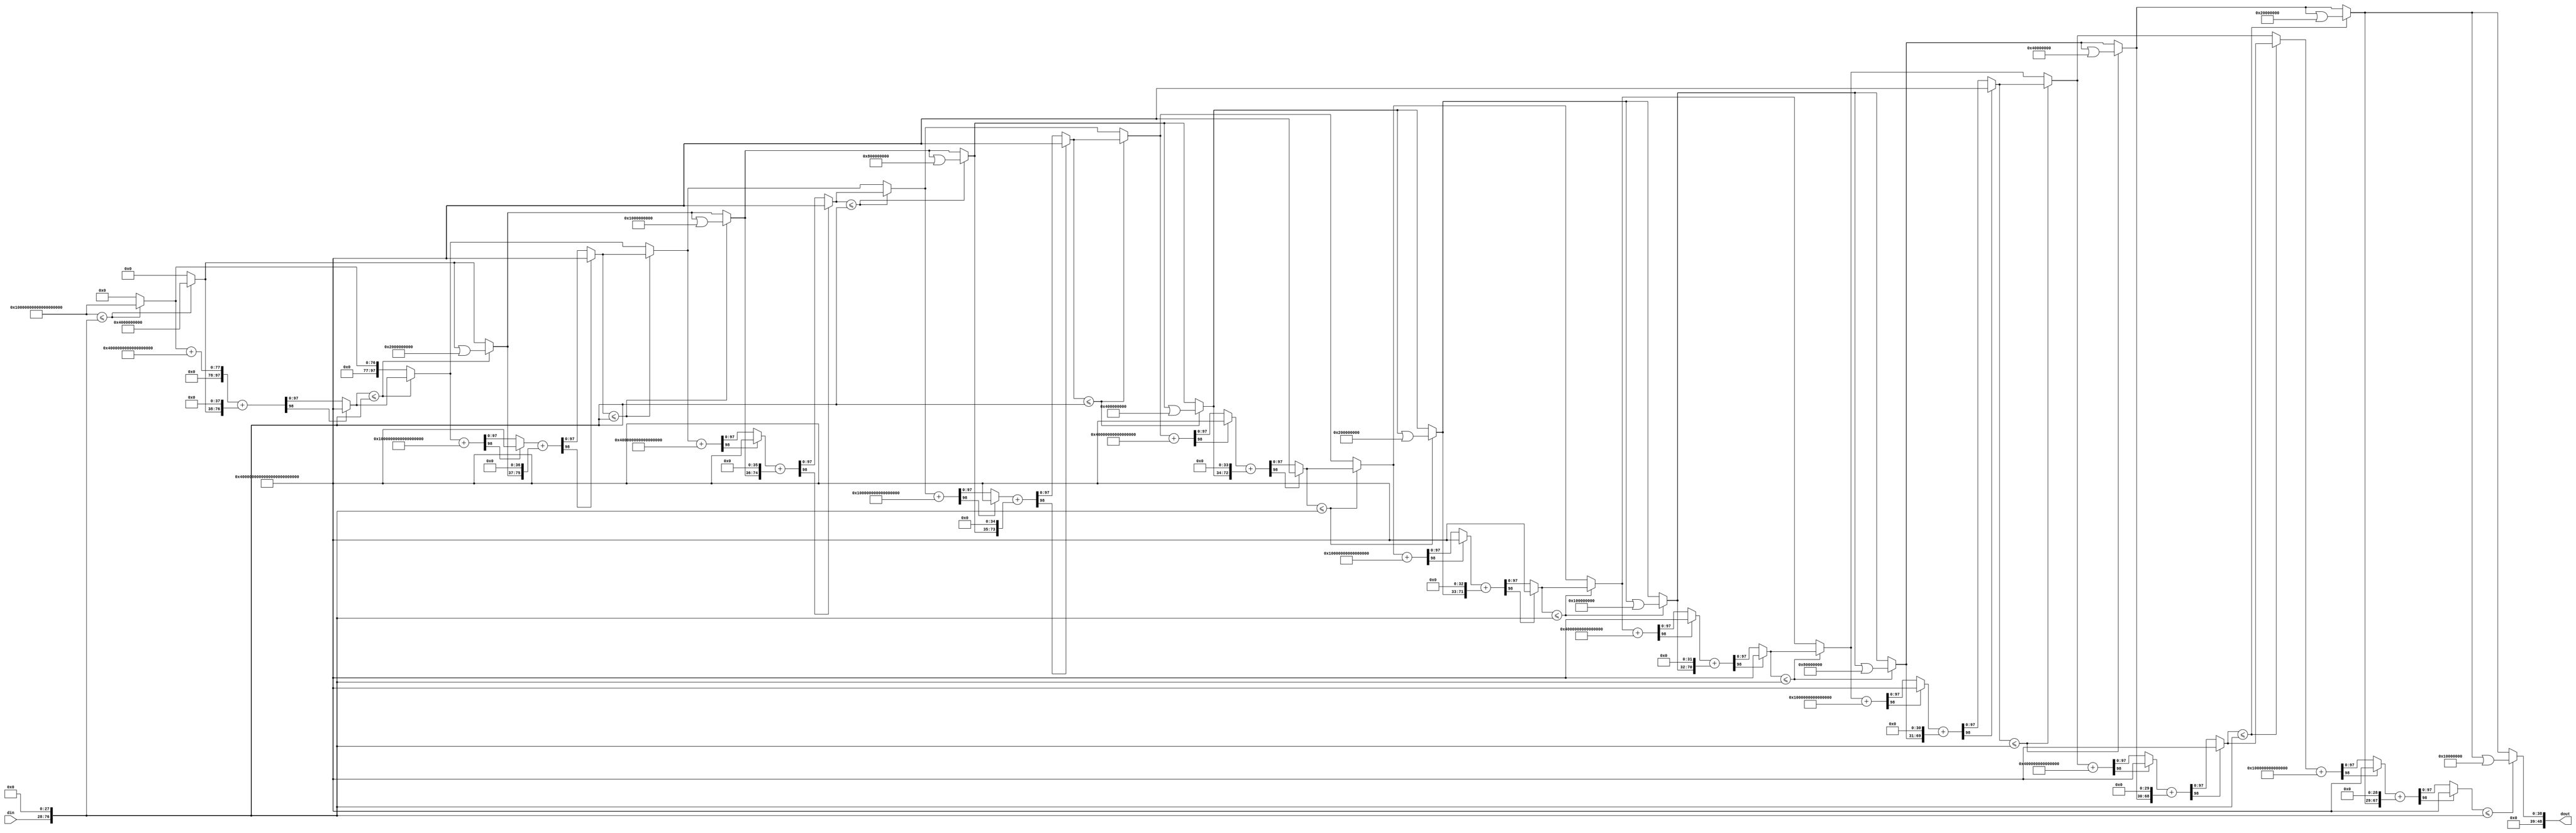
// -------------------------------------------------------------
// 
// 
// Generated by MATLAB 9.5 and HDL Coder 3.13
// 
// -------------------------------------------------------------


// -------------------------------------------------------------
// 
// Module: Sqrt
// Source Path: fourxfour_designfxdpt_givens/fourxfour_designfxdpt/Givens_Boundary_Cell2/Sqrt
// Hierarchy Level: 2
// 
// -------------------------------------------------------------

`timescale 1 ns / 1 ns

module Sqrt_block
          (din,
           dout);


  input   [48:0] din;  // ufix49_En28
  output  [48:0] dout;  // ufix49_En28


  wire [97:0] base38sqr;  // ufix98_En56
  wire [97:0] resizedin;  // ufix98_En56
  wire relop_relop1;
  wire [97:0] rootsqini;  // ufix98_En56
  wire [97:0] root_sq38;  // ufix98_En56
  wire [97:0] base37sqr;  // ufix98_En56
  wire [48:0] rootini;  // ufix49_En28
  wire [48:0] MSBy;  // ufix49_En28
  wire [48:0] root38;  // ufix49_En28
  wire [98:0] adder_add_cast;  // ufix99_En56
  wire [98:0] adder_add_cast_1;  // ufix99_En56
  wire [98:0] adder_add_temp;  // ufix99_En56
  wire [97:0] squaresum38;  // ufix98_En56
  wire [97:0] rootdtc38;  // ufix98_En56
  wire [97:0] shift238;  // ufix98_En56
  wire [98:0] adder_add_cast_2;  // ufix99_En56
  wire [98:0] adder_add_cast_3;  // ufix99_En56
  wire [98:0] adder_add_temp_1;  // ufix99_En56
  wire [97:0] roottmp_sq37;  // ufix98_En56
  wire relop_relop1_1;
  wire [97:0] root_sq37;  // ufix98_En56
  wire [97:0] base36sqr;  // ufix98_En56
  wire [48:0] roottmp37;  // ufix49_En28
  wire [48:0] root37;  // ufix49_En28
  wire [98:0] adder_add_cast_4;  // ufix99_En56
  wire [98:0] adder_add_cast_5;  // ufix99_En56
  wire [98:0] adder_add_temp_2;  // ufix99_En56
  wire [97:0] squaresum37;  // ufix98_En56
  wire [97:0] rootdtc37;  // ufix98_En56
  wire [97:0] shift237;  // ufix98_En56
  wire [98:0] adder_add_cast_6;  // ufix99_En56
  wire [98:0] adder_add_cast_7;  // ufix99_En56
  wire [98:0] adder_add_temp_3;  // ufix99_En56
  wire [97:0] roottmp_sq36;  // ufix98_En56
  wire relop_relop1_2;
  wire [97:0] root_sq36;  // ufix98_En56
  wire [97:0] base35sqr;  // ufix98_En56
  wire [48:0] roottmp36;  // ufix49_En28
  wire [48:0] root36;  // ufix49_En28
  wire [98:0] adder_add_cast_8;  // ufix99_En56
  wire [98:0] adder_add_cast_9;  // ufix99_En56
  wire [98:0] adder_add_temp_4;  // ufix99_En56
  wire [97:0] squaresum36;  // ufix98_En56
  wire [97:0] rootdtc36;  // ufix98_En56
  wire [97:0] shift236;  // ufix98_En56
  wire [98:0] adder_add_cast_10;  // ufix99_En56
  wire [98:0] adder_add_cast_11;  // ufix99_En56
  wire [98:0] adder_add_temp_5;  // ufix99_En56
  wire [97:0] roottmp_sq35;  // ufix98_En56
  wire relop_relop1_3;
  wire [97:0] root_sq35;  // ufix98_En56
  wire [97:0] base34sqr;  // ufix98_En56
  wire [48:0] roottmp35;  // ufix49_En28
  wire [48:0] root35;  // ufix49_En28
  wire [98:0] adder_add_cast_12;  // ufix99_En56
  wire [98:0] adder_add_cast_13;  // ufix99_En56
  wire [98:0] adder_add_temp_6;  // ufix99_En56
  wire [97:0] squaresum35;  // ufix98_En56
  wire [97:0] rootdtc35;  // ufix98_En56
  wire [97:0] shift235;  // ufix98_En56
  wire [98:0] adder_add_cast_14;  // ufix99_En56
  wire [98:0] adder_add_cast_15;  // ufix99_En56
  wire [98:0] adder_add_temp_7;  // ufix99_En56
  wire [97:0] roottmp_sq34;  // ufix98_En56
  wire relop_relop1_4;
  wire [97:0] root_sq34;  // ufix98_En56
  wire [97:0] base33sqr;  // ufix98_En56
  wire [48:0] roottmp34;  // ufix49_En28
  wire [48:0] root34;  // ufix49_En28
  wire [98:0] adder_add_cast_16;  // ufix99_En56
  wire [98:0] adder_add_cast_17;  // ufix99_En56
  wire [98:0] adder_add_temp_8;  // ufix99_En56
  wire [97:0] squaresum34;  // ufix98_En56
  wire [97:0] rootdtc34;  // ufix98_En56
  wire [97:0] shift234;  // ufix98_En56
  wire [98:0] adder_add_cast_18;  // ufix99_En56
  wire [98:0] adder_add_cast_19;  // ufix99_En56
  wire [98:0] adder_add_temp_9;  // ufix99_En56
  wire [97:0] roottmp_sq33;  // ufix98_En56
  wire relop_relop1_5;
  wire [97:0] root_sq33;  // ufix98_En56
  wire [97:0] base32sqr;  // ufix98_En56
  wire [48:0] roottmp33;  // ufix49_En28
  wire [48:0] root33;  // ufix49_En28
  wire [98:0] adder_add_cast_20;  // ufix99_En56
  wire [98:0] adder_add_cast_21;  // ufix99_En56
  wire [98:0] adder_add_temp_10;  // ufix99_En56
  wire [97:0] squaresum33;  // ufix98_En56
  wire [97:0] rootdtc33;  // ufix98_En56
  wire [97:0] shift233;  // ufix98_En56
  wire [98:0] adder_add_cast_22;  // ufix99_En56
  wire [98:0] adder_add_cast_23;  // ufix99_En56
  wire [98:0] adder_add_temp_11;  // ufix99_En56
  wire [97:0] roottmp_sq32;  // ufix98_En56
  wire relop_relop1_6;
  wire [97:0] root_sq32;  // ufix98_En56
  wire [97:0] base31sqr;  // ufix98_En56
  wire [48:0] roottmp32;  // ufix49_En28
  wire [48:0] root32;  // ufix49_En28
  wire [98:0] adder_add_cast_24;  // ufix99_En56
  wire [98:0] adder_add_cast_25;  // ufix99_En56
  wire [98:0] adder_add_temp_12;  // ufix99_En56
  wire [97:0] squaresum32;  // ufix98_En56
  wire [97:0] rootdtc32;  // ufix98_En56
  wire [97:0] shift232;  // ufix98_En56
  wire [98:0] adder_add_cast_26;  // ufix99_En56
  wire [98:0] adder_add_cast_27;  // ufix99_En56
  wire [98:0] adder_add_temp_13;  // ufix99_En56
  wire [97:0] roottmp_sq31;  // ufix98_En56
  wire relop_relop1_7;
  wire [97:0] root_sq31;  // ufix98_En56
  wire [97:0] base30sqr;  // ufix98_En56
  wire [48:0] roottmp31;  // ufix49_En28
  wire [48:0] root31;  // ufix49_En28
  wire [98:0] adder_add_cast_28;  // ufix99_En56
  wire [98:0] adder_add_cast_29;  // ufix99_En56
  wire [98:0] adder_add_temp_14;  // ufix99_En56
  wire [97:0] squaresum31;  // ufix98_En56
  wire [97:0] rootdtc31;  // ufix98_En56
  wire [97:0] shift231;  // ufix98_En56
  wire [98:0] adder_add_cast_30;  // ufix99_En56
  wire [98:0] adder_add_cast_31;  // ufix99_En56
  wire [98:0] adder_add_temp_15;  // ufix99_En56
  wire [97:0] roottmp_sq30;  // ufix98_En56
  wire relop_relop1_8;
  wire [97:0] root_sq30;  // ufix98_En56
  wire [97:0] base29sqr;  // ufix98_En56
  wire [48:0] roottmp30;  // ufix49_En28
  wire [48:0] root30;  // ufix49_En28
  wire [98:0] adder_add_cast_32;  // ufix99_En56
  wire [98:0] adder_add_cast_33;  // ufix99_En56
  wire [98:0] adder_add_temp_16;  // ufix99_En56
  wire [97:0] squaresum30;  // ufix98_En56
  wire [97:0] rootdtc30;  // ufix98_En56
  wire [97:0] shift230;  // ufix98_En56
  wire [98:0] adder_add_cast_34;  // ufix99_En56
  wire [98:0] adder_add_cast_35;  // ufix99_En56
  wire [98:0] adder_add_temp_17;  // ufix99_En56
  wire [97:0] roottmp_sq29;  // ufix98_En56
  wire relop_relop1_9;
  wire [97:0] root_sq29;  // ufix98_En56
  wire [97:0] base28sqr;  // ufix98_En56
  wire [48:0] roottmp29;  // ufix49_En28
  wire [48:0] root29;  // ufix49_En28
  wire [98:0] adder_add_cast_36;  // ufix99_En56
  wire [98:0] adder_add_cast_37;  // ufix99_En56
  wire [98:0] adder_add_temp_18;  // ufix99_En56
  wire [97:0] squaresum29;  // ufix98_En56
  wire [97:0] rootdtc29;  // ufix98_En56
  wire [97:0] shift229;  // ufix98_En56
  wire [98:0] adder_add_cast_38;  // ufix99_En56
  wire [98:0] adder_add_cast_39;  // ufix99_En56
  wire [98:0] adder_add_temp_19;  // ufix99_En56
  wire [97:0] roottmp_sq28;  // ufix98_En56
  wire relop_relop1_10;
  wire [97:0] root_sq28;  // ufix98_En56
  wire [97:0] base27sqr;  // ufix98_En56
  wire [48:0] roottmp28;  // ufix49_En28
  wire [48:0] root28;  // ufix49_En28
  wire [98:0] adder_add_cast_40;  // ufix99_En56
  wire [98:0] adder_add_cast_41;  // ufix99_En56
  wire [98:0] adder_add_temp_20;  // ufix99_En56
  wire [97:0] squaresum28;  // ufix98_En56
  wire [97:0] rootdtc28;  // ufix98_En56
  wire [98:0] adder_add_cast_42;  // ufix99_En56
  wire [98:0] adder_add_cast_43;  // ufix99_En56
  wire [98:0] adder_add_temp_21;  // ufix99_En56
  wire [97:0] roottmp_sq27;  // ufix98_En56
  wire relop_relop1_11;
  wire [97:0] root_sq27;  // ufix98_En56
  wire [97:0] base26sqr;  // ufix98_En56
  wire [48:0] roottmp27;  // ufix49_En28
  wire [48:0] root27;  // ufix49_En28
  wire [98:0] adder_add_cast_44;  // ufix99_En56
  wire [98:0] adder_add_cast_45;  // ufix99_En56
  wire [98:0] adder_add_temp_22;  // ufix99_En56
  wire [97:0] squaresum27;  // ufix98_En56
  wire [97:0] rootdtc27;  // ufix98_En56
  wire [97:0] shift227;  // ufix98_En56
  wire [98:0] adder_add_cast_46;  // ufix99_En56
  wire [98:0] adder_add_cast_47;  // ufix99_En56
  wire [98:0] adder_add_temp_23;  // ufix99_En56
  wire [97:0] roottmp_sq26;  // ufix98_En56
  wire relop_relop1_12;
  wire [97:0] root_sq26;  // ufix98_En56
  wire [97:0] base25sqr;  // ufix98_En56
  wire [48:0] roottmp26;  // ufix49_En28
  wire [48:0] root26;  // ufix49_En28
  wire [98:0] adder_add_cast_48;  // ufix99_En56
  wire [98:0] adder_add_cast_49;  // ufix99_En56
  wire [98:0] adder_add_temp_24;  // ufix99_En56
  wire [97:0] squaresum26;  // ufix98_En56
  wire [97:0] rootdtc26;  // ufix98_En56
  wire [97:0] shift226;  // ufix98_En56
  wire [98:0] adder_add_cast_50;  // ufix99_En56
  wire [98:0] adder_add_cast_51;  // ufix99_En56
  wire [98:0] adder_add_temp_25;  // ufix99_En56
  wire [97:0] roottmp_sq25;  // ufix98_En56
  wire relop_relop1_13;
  wire [97:0] root_sq25;  // ufix98_En56
  wire [97:0] base24sqr;  // ufix98_En56
  wire [48:0] roottmp25;  // ufix49_En28
  wire [48:0] root25;  // ufix49_En28
  wire [98:0] adder_add_cast_52;  // ufix99_En56
  wire [98:0] adder_add_cast_53;  // ufix99_En56
  wire [98:0] adder_add_temp_26;  // ufix99_En56
  wire [97:0] squaresum25;  // ufix98_En56
  wire [97:0] rootdtc25;  // ufix98_En56
  wire [97:0] shift225;  // ufix98_En56
  wire [98:0] adder_add_cast_54;  // ufix99_En56
  wire [98:0] adder_add_cast_55;  // ufix99_En56
  wire [98:0] adder_add_temp_27;  // ufix99_En56
  wire [97:0] roottmp_sq24;  // ufix98_En56
  wire relop_relop1_14;
  wire [97:0] root_sq24;  // ufix98_En56
  wire [97:0] base23sqr;  // ufix98_En56
  wire [48:0] roottmp24;  // ufix49_En28
  wire [48:0] root24;  // ufix49_En28
  wire [98:0] adder_add_cast_56;  // ufix99_En56
  wire [98:0] adder_add_cast_57;  // ufix99_En56
  wire [98:0] adder_add_temp_28;  // ufix99_En56
  wire [97:0] squaresum24;  // ufix98_En56
  wire [97:0] rootdtc24;  // ufix98_En56
  wire [97:0] shift224;  // ufix98_En56
  wire [98:0] adder_add_cast_58;  // ufix99_En56
  wire [98:0] adder_add_cast_59;  // ufix99_En56
  wire [98:0] adder_add_temp_29;  // ufix99_En56
  wire [97:0] roottmp_sq23;  // ufix98_En56
  wire relop_relop1_15;
  wire [97:0] root_sq23;  // ufix98_En56
  wire [97:0] base22sqr;  // ufix98_En56
  wire [48:0] roottmp23;  // ufix49_En28
  wire [48:0] root23;  // ufix49_En28
  wire [98:0] adder_add_cast_60;  // ufix99_En56
  wire [98:0] adder_add_cast_61;  // ufix99_En56
  wire [98:0] adder_add_temp_30;  // ufix99_En56
  wire [97:0] squaresum23;  // ufix98_En56
  wire [97:0] rootdtc23;  // ufix98_En56
  wire [97:0] shift223;  // ufix98_En56
  wire [98:0] adder_add_cast_62;  // ufix99_En56
  wire [98:0] adder_add_cast_63;  // ufix99_En56
  wire [98:0] adder_add_temp_31;  // ufix99_En56
  wire [97:0] roottmp_sq22;  // ufix98_En56
  wire relop_relop1_16;
  wire [97:0] root_sq22;  // ufix98_En56
  wire [97:0] base21sqr;  // ufix98_En56
  wire [48:0] roottmp22;  // ufix49_En28
  wire [48:0] root22;  // ufix49_En28
  wire [98:0] adder_add_cast_64;  // ufix99_En56
  wire [98:0] adder_add_cast_65;  // ufix99_En56
  wire [98:0] adder_add_temp_32;  // ufix99_En56
  wire [97:0] squaresum22;  // ufix98_En56
  wire [97:0] rootdtc22;  // ufix98_En56
  wire [97:0] shift222;  // ufix98_En56
  wire [98:0] adder_add_cast_66;  // ufix99_En56
  wire [98:0] adder_add_cast_67;  // ufix99_En56
  wire [98:0] adder_add_temp_33;  // ufix99_En56
  wire [97:0] roottmp_sq21;  // ufix98_En56
  wire relop_relop1_17;
  wire [97:0] root_sq21;  // ufix98_En56
  wire [97:0] base20sqr;  // ufix98_En56
  wire [48:0] roottmp21;  // ufix49_En28
  wire [48:0] root21;  // ufix49_En28
  wire [98:0] adder_add_cast_68;  // ufix99_En56
  wire [98:0] adder_add_cast_69;  // ufix99_En56
  wire [98:0] adder_add_temp_34;  // ufix99_En56
  wire [97:0] squaresum21;  // ufix98_En56
  wire [97:0] rootdtc21;  // ufix98_En56
  wire [97:0] shift221;  // ufix98_En56
  wire [98:0] adder_add_cast_70;  // ufix99_En56
  wire [98:0] adder_add_cast_71;  // ufix99_En56
  wire [98:0] adder_add_temp_35;  // ufix99_En56
  wire [97:0] roottmp_sq20;  // ufix98_En56
  wire relop_relop1_18;
  wire [97:0] root_sq20;  // ufix98_En56
  wire [97:0] base19sqr;  // ufix98_En56
  wire [48:0] roottmp20;  // ufix49_En28
  wire [48:0] root20;  // ufix49_En28
  wire [98:0] adder_add_cast_72;  // ufix99_En56
  wire [98:0] adder_add_cast_73;  // ufix99_En56
  wire [98:0] adder_add_temp_36;  // ufix99_En56
  wire [97:0] squaresum20;  // ufix98_En56
  wire [97:0] rootdtc20;  // ufix98_En56
  wire [97:0] shift220;  // ufix98_En56
  wire [98:0] adder_add_cast_74;  // ufix99_En56
  wire [98:0] adder_add_cast_75;  // ufix99_En56
  wire [98:0] adder_add_temp_37;  // ufix99_En56
  wire [97:0] roottmp_sq19;  // ufix98_En56
  wire relop_relop1_19;
  wire [97:0] root_sq19;  // ufix98_En56
  wire [97:0] base18sqr;  // ufix98_En56
  wire [48:0] roottmp19;  // ufix49_En28
  wire [48:0] root19;  // ufix49_En28
  wire [98:0] adder_add_cast_76;  // ufix99_En56
  wire [98:0] adder_add_cast_77;  // ufix99_En56
  wire [98:0] adder_add_temp_38;  // ufix99_En56
  wire [97:0] squaresum19;  // ufix98_En56
  wire [97:0] rootdtc19;  // ufix98_En56
  wire [97:0] shift219;  // ufix98_En56
  wire [98:0] adder_add_cast_78;  // ufix99_En56
  wire [98:0] adder_add_cast_79;  // ufix99_En56
  wire [98:0] adder_add_temp_39;  // ufix99_En56
  wire [97:0] roottmp_sq18;  // ufix98_En56
  wire relop_relop1_20;
  wire [97:0] root_sq18;  // ufix98_En56
  wire [97:0] base17sqr;  // ufix98_En56
  wire [48:0] roottmp18;  // ufix49_En28
  wire [48:0] root18;  // ufix49_En28
  wire [98:0] adder_add_cast_80;  // ufix99_En56
  wire [98:0] adder_add_cast_81;  // ufix99_En56
  wire [98:0] adder_add_temp_40;  // ufix99_En56
  wire [97:0] squaresum18;  // ufix98_En56
  wire [97:0] rootdtc18;  // ufix98_En56
  wire [97:0] shift218;  // ufix98_En56
  wire [98:0] adder_add_cast_82;  // ufix99_En56
  wire [98:0] adder_add_cast_83;  // ufix99_En56
  wire [98:0] adder_add_temp_41;  // ufix99_En56
  wire [97:0] roottmp_sq17;  // ufix98_En56
  wire relop_relop1_21;
  wire [97:0] root_sq17;  // ufix98_En56
  wire [97:0] base16sqr;  // ufix98_En56
  wire [48:0] roottmp17;  // ufix49_En28
  wire [48:0] root17;  // ufix49_En28
  wire [98:0] adder_add_cast_84;  // ufix99_En56
  wire [98:0] adder_add_cast_85;  // ufix99_En56
  wire [98:0] adder_add_temp_42;  // ufix99_En56
  wire [97:0] squaresum17;  // ufix98_En56
  wire [97:0] rootdtc17;  // ufix98_En56
  wire [97:0] shift217;  // ufix98_En56
  wire [98:0] adder_add_cast_86;  // ufix99_En56
  wire [98:0] adder_add_cast_87;  // ufix99_En56
  wire [98:0] adder_add_temp_43;  // ufix99_En56
  wire [97:0] roottmp_sq16;  // ufix98_En56
  wire relop_relop1_22;
  wire [97:0] root_sq16;  // ufix98_En56
  wire [97:0] base15sqr;  // ufix98_En56
  wire [48:0] roottmp16;  // ufix49_En28
  wire [48:0] root16;  // ufix49_En28
  wire [98:0] adder_add_cast_88;  // ufix99_En56
  wire [98:0] adder_add_cast_89;  // ufix99_En56
  wire [98:0] adder_add_temp_44;  // ufix99_En56
  wire [97:0] squaresum16;  // ufix98_En56
  wire [97:0] rootdtc16;  // ufix98_En56
  wire [97:0] shift216;  // ufix98_En56
  wire [98:0] adder_add_cast_90;  // ufix99_En56
  wire [98:0] adder_add_cast_91;  // ufix99_En56
  wire [98:0] adder_add_temp_45;  // ufix99_En56
  wire [97:0] roottmp_sq15;  // ufix98_En56
  wire relop_relop1_23;
  wire [97:0] root_sq15;  // ufix98_En56
  wire [97:0] base14sqr;  // ufix98_En56
  wire [48:0] roottmp15;  // ufix49_En28
  wire [48:0] root15;  // ufix49_En28
  wire [98:0] adder_add_cast_92;  // ufix99_En56
  wire [98:0] adder_add_cast_93;  // ufix99_En56
  wire [98:0] adder_add_temp_46;  // ufix99_En56
  wire [97:0] squaresum15;  // ufix98_En56
  wire [97:0] rootdtc15;  // ufix98_En56
  wire [97:0] shift215;  // ufix98_En56
  wire [98:0] adder_add_cast_94;  // ufix99_En56
  wire [98:0] adder_add_cast_95;  // ufix99_En56
  wire [98:0] adder_add_temp_47;  // ufix99_En56
  wire [97:0] roottmp_sq14;  // ufix98_En56
  wire relop_relop1_24;
  wire [97:0] root_sq14;  // ufix98_En56
  wire [97:0] base13sqr;  // ufix98_En56
  wire [48:0] roottmp14;  // ufix49_En28
  wire [48:0] root14;  // ufix49_En28
  wire [98:0] adder_add_cast_96;  // ufix99_En56
  wire [98:0] adder_add_cast_97;  // ufix99_En56
  wire [98:0] adder_add_temp_48;  // ufix99_En56
  wire [97:0] squaresum14;  // ufix98_En56
  wire [97:0] rootdtc14;  // ufix98_En56
  wire [97:0] shift214;  // ufix98_En56
  wire [98:0] adder_add_cast_98;  // ufix99_En56
  wire [98:0] adder_add_cast_99;  // ufix99_En56
  wire [98:0] adder_add_temp_49;  // ufix99_En56
  wire [97:0] roottmp_sq13;  // ufix98_En56
  wire relop_relop1_25;
  wire [97:0] root_sq13;  // ufix98_En56
  wire [97:0] base12sqr;  // ufix98_En56
  wire [48:0] roottmp13;  // ufix49_En28
  wire [48:0] root13;  // ufix49_En28
  wire [98:0] adder_add_cast_100;  // ufix99_En56
  wire [98:0] adder_add_cast_101;  // ufix99_En56
  wire [98:0] adder_add_temp_50;  // ufix99_En56
  wire [97:0] squaresum13;  // ufix98_En56
  wire [97:0] rootdtc13;  // ufix98_En56
  wire [97:0] shift213;  // ufix98_En56
  wire [98:0] adder_add_cast_102;  // ufix99_En56
  wire [98:0] adder_add_cast_103;  // ufix99_En56
  wire [98:0] adder_add_temp_51;  // ufix99_En56
  wire [97:0] roottmp_sq12;  // ufix98_En56
  wire relop_relop1_26;
  wire [97:0] root_sq12;  // ufix98_En56
  wire [97:0] base11sqr;  // ufix98_En56
  wire [48:0] roottmp12;  // ufix49_En28
  wire [48:0] root12;  // ufix49_En28
  wire [98:0] adder_add_cast_104;  // ufix99_En56
  wire [98:0] adder_add_cast_105;  // ufix99_En56
  wire [98:0] adder_add_temp_52;  // ufix99_En56
  wire [97:0] squaresum12;  // ufix98_En56
  wire [97:0] rootdtc12;  // ufix98_En56
  wire [97:0] shift212;  // ufix98_En56
  wire [98:0] adder_add_cast_106;  // ufix99_En56
  wire [98:0] adder_add_cast_107;  // ufix99_En56
  wire [98:0] adder_add_temp_53;  // ufix99_En56
  wire [97:0] roottmp_sq11;  // ufix98_En56
  wire relop_relop1_27;
  wire [97:0] root_sq11;  // ufix98_En56
  wire [97:0] base10sqr;  // ufix98_En56
  wire [48:0] roottmp11;  // ufix49_En28
  wire [48:0] root11;  // ufix49_En28
  wire [98:0] adder_add_cast_108;  // ufix99_En56
  wire [98:0] adder_add_cast_109;  // ufix99_En56
  wire [98:0] adder_add_temp_54;  // ufix99_En56
  wire [97:0] squaresum11;  // ufix98_En56
  wire [97:0] rootdtc11;  // ufix98_En56
  wire [97:0] shift211;  // ufix98_En56
  wire [98:0] adder_add_cast_110;  // ufix99_En56
  wire [98:0] adder_add_cast_111;  // ufix99_En56
  wire [98:0] adder_add_temp_55;  // ufix99_En56
  wire [97:0] roottmp_sq10;  // ufix98_En56
  wire relop_relop1_28;
  wire [97:0] root_sq10;  // ufix98_En56
  wire [97:0] base9sqr;  // ufix98_En56
  wire [48:0] roottmp10;  // ufix49_En28
  wire [48:0] root10;  // ufix49_En28
  wire [98:0] adder_add_cast_112;  // ufix99_En56
  wire [98:0] adder_add_cast_113;  // ufix99_En56
  wire [98:0] adder_add_temp_56;  // ufix99_En56
  wire [97:0] squaresum10;  // ufix98_En56
  wire [97:0] rootdtc10;  // ufix98_En56
  wire [97:0] shift210;  // ufix98_En56
  wire [98:0] adder_add_cast_114;  // ufix99_En56
  wire [98:0] adder_add_cast_115;  // ufix99_En56
  wire [98:0] adder_add_temp_57;  // ufix99_En56
  wire [97:0] roottmp_sq9;  // ufix98_En56
  wire relop_relop1_29;
  wire [97:0] root_sq9;  // ufix98_En56
  wire [97:0] base8sqr;  // ufix98_En56
  wire [48:0] roottmp9;  // ufix49_En28
  wire [48:0] root9;  // ufix49_En28
  wire [98:0] adder_add_cast_116;  // ufix99_En56
  wire [98:0] adder_add_cast_117;  // ufix99_En56
  wire [98:0] adder_add_temp_58;  // ufix99_En56
  wire [97:0] squaresum9;  // ufix98_En56
  wire [97:0] rootdtc9;  // ufix98_En56
  wire [97:0] shift29;  // ufix98_En56
  wire [98:0] adder_add_cast_118;  // ufix99_En56
  wire [98:0] adder_add_cast_119;  // ufix99_En56
  wire [98:0] adder_add_temp_59;  // ufix99_En56
  wire [97:0] roottmp_sq8;  // ufix98_En56
  wire relop_relop1_30;
  wire [97:0] root_sq8;  // ufix98_En56
  wire [97:0] base7sqr;  // ufix98_En56
  wire [48:0] roottmp8;  // ufix49_En28
  wire [48:0] root8;  // ufix49_En28
  wire [98:0] adder_add_cast_120;  // ufix99_En56
  wire [98:0] adder_add_cast_121;  // ufix99_En56
  wire [98:0] adder_add_temp_60;  // ufix99_En56
  wire [97:0] squaresum8;  // ufix98_En56
  wire [97:0] rootdtc8;  // ufix98_En56
  wire [97:0] shift28;  // ufix98_En56
  wire [98:0] adder_add_cast_122;  // ufix99_En56
  wire [98:0] adder_add_cast_123;  // ufix99_En56
  wire [98:0] adder_add_temp_61;  // ufix99_En56
  wire [97:0] roottmp_sq7;  // ufix98_En56
  wire relop_relop1_31;
  wire [97:0] root_sq7;  // ufix98_En56
  wire [97:0] base6sqr;  // ufix98_En56
  wire [48:0] roottmp7;  // ufix49_En28
  wire [48:0] root7;  // ufix49_En28
  wire [98:0] adder_add_cast_124;  // ufix99_En56
  wire [98:0] adder_add_cast_125;  // ufix99_En56
  wire [98:0] adder_add_temp_62;  // ufix99_En56
  wire [97:0] squaresum7;  // ufix98_En56
  wire [97:0] rootdtc7;  // ufix98_En56
  wire [97:0] shift27;  // ufix98_En56
  wire [98:0] adder_add_cast_126;  // ufix99_En56
  wire [98:0] adder_add_cast_127;  // ufix99_En56
  wire [98:0] adder_add_temp_63;  // ufix99_En56
  wire [97:0] roottmp_sq6;  // ufix98_En56
  wire relop_relop1_32;
  wire [97:0] root_sq6;  // ufix98_En56
  wire [97:0] base5sqr;  // ufix98_En56
  wire [48:0] roottmp6;  // ufix49_En28
  wire [48:0] root6;  // ufix49_En28
  wire [98:0] adder_add_cast_128;  // ufix99_En56
  wire [98:0] adder_add_cast_129;  // ufix99_En56
  wire [98:0] adder_add_temp_64;  // ufix99_En56
  wire [97:0] squaresum6;  // ufix98_En56
  wire [97:0] rootdtc6;  // ufix98_En56
  wire [97:0] shift26;  // ufix98_En56
  wire [98:0] adder_add_cast_130;  // ufix99_En56
  wire [98:0] adder_add_cast_131;  // ufix99_En56
  wire [98:0] adder_add_temp_65;  // ufix99_En56
  wire [97:0] roottmp_sq5;  // ufix98_En56
  wire relop_relop1_33;
  wire [97:0] root_sq5;  // ufix98_En56
  wire [97:0] base4sqr;  // ufix98_En56
  wire [48:0] roottmp5;  // ufix49_En28
  wire [48:0] root5;  // ufix49_En28
  wire [98:0] adder_add_cast_132;  // ufix99_En56
  wire [98:0] adder_add_cast_133;  // ufix99_En56
  wire [98:0] adder_add_temp_66;  // ufix99_En56
  wire [97:0] squaresum5;  // ufix98_En56
  wire [97:0] rootdtc5;  // ufix98_En56
  wire [97:0] shift25;  // ufix98_En56
  wire [98:0] adder_add_cast_134;  // ufix99_En56
  wire [98:0] adder_add_cast_135;  // ufix99_En56
  wire [98:0] adder_add_temp_67;  // ufix99_En56
  wire [97:0] roottmp_sq4;  // ufix98_En56
  wire relop_relop1_34;
  wire [97:0] root_sq4;  // ufix98_En56
  wire [97:0] base3sqr;  // ufix98_En56
  wire [48:0] roottmp4;  // ufix49_En28
  wire [48:0] root4;  // ufix49_En28
  wire [98:0] adder_add_cast_136;  // ufix99_En56
  wire [98:0] adder_add_cast_137;  // ufix99_En56
  wire [98:0] adder_add_temp_68;  // ufix99_En56
  wire [97:0] squaresum4;  // ufix98_En56
  wire [97:0] rootdtc4;  // ufix98_En56
  wire [97:0] shift24;  // ufix98_En56
  wire [98:0] adder_add_cast_138;  // ufix99_En56
  wire [98:0] adder_add_cast_139;  // ufix99_En56
  wire [98:0] adder_add_temp_69;  // ufix99_En56
  wire [97:0] roottmp_sq3;  // ufix98_En56
  wire relop_relop1_35;
  wire [97:0] root_sq3;  // ufix98_En56
  wire [97:0] base2sqr;  // ufix98_En56
  wire [48:0] roottmp3;  // ufix49_En28
  wire [48:0] root3;  // ufix49_En28
  wire [98:0] adder_add_cast_140;  // ufix99_En56
  wire [98:0] adder_add_cast_141;  // ufix99_En56
  wire [98:0] adder_add_temp_70;  // ufix99_En56
  wire [97:0] squaresum3;  // ufix98_En56
  wire [97:0] rootdtc3;  // ufix98_En56
  wire [97:0] shift23;  // ufix98_En56
  wire [98:0] adder_add_cast_142;  // ufix99_En56
  wire [98:0] adder_add_cast_143;  // ufix99_En56
  wire [98:0] adder_add_temp_71;  // ufix99_En56
  wire [97:0] roottmp_sq2;  // ufix98_En56
  wire relop_relop1_36;
  wire [97:0] root_sq2;  // ufix98_En56
  wire [97:0] base1sqr;  // ufix98_En56
  wire [48:0] roottmp2;  // ufix49_En28
  wire [48:0] root2;  // ufix49_En28
  wire [98:0] adder_add_cast_144;  // ufix99_En56
  wire [98:0] adder_add_cast_145;  // ufix99_En56
  wire [98:0] adder_add_temp_72;  // ufix99_En56
  wire [97:0] squaresum2;  // ufix98_En56
  wire [97:0] rootdtc2;  // ufix98_En56
  wire [97:0] shift22;  // ufix98_En56
  wire [98:0] adder_add_cast_146;  // ufix99_En56
  wire [98:0] adder_add_cast_147;  // ufix99_En56
  wire [98:0] adder_add_temp_73;  // ufix99_En56
  wire [97:0] roottmp_sq1;  // ufix98_En56
  wire relop_relop1_37;
  wire [97:0] root_sq1;  // ufix98_En56
  wire [48:0] roottmp1;  // ufix49_En28
  wire [48:0] root1;  // ufix49_En28
  wire [97:0] base0sqr;  // ufix98_En56
  wire [98:0] adder_add_cast_148;  // ufix99_En56
  wire [98:0] adder_add_cast_149;  // ufix99_En56
  wire [98:0] adder_add_temp_74;  // ufix99_En56
  wire [97:0] squaresum1;  // ufix98_En56
  wire [97:0] rootdtc1;  // ufix98_En56
  wire [97:0] shift21;  // ufix98_En56
  wire [98:0] adder_add_cast_150;  // ufix99_En56
  wire [98:0] adder_add_cast_151;  // ufix99_En56
  wire [98:0] adder_add_temp_75;  // ufix99_En56
  wire [97:0] roottmp_sq0;  // ufix98_En56
  wire relop_relop1_38;
  wire [48:0] roottmp0;  // ufix49_En28
  wire [48:0] root0;  // ufix49_En28

  // Sqrt Implementation using Shift


  assign base38sqr = 98'h0000010000000000000000000;



  assign resizedin = {21'b0, {din, 28'b0000000000000000000000000000}};



  assign relop_relop1 = base38sqr <= resizedin;



  assign rootsqini = 98'h0000000000000000000000000;



  assign root_sq38 = (relop_relop1 == 1'b0 ? rootsqini :
              base38sqr);



  assign base37sqr = 98'h0000004000000000000000000;



  assign rootini = 49'h0000000000000;



  assign MSBy = 49'h0004000000000;



  assign root38 = (relop_relop1 == 1'b0 ? rootini :
              MSBy);



  assign adder_add_cast = {1'b0, root_sq38};
  assign adder_add_cast_1 = {1'b0, base37sqr};
  assign adder_add_temp = adder_add_cast + adder_add_cast_1;
  assign squaresum38 = (adder_add_temp[98] != 1'b0 ? 98'h3FFFFFFFFFFFFFFFFFFFFFFFF :
              adder_add_temp[97:0]);



  assign rootdtc38 = {21'b0, {root38, 28'b0000000000000000000000000000}};



  assign shift238 = rootdtc38 <<< 8'd10;



  assign adder_add_cast_2 = {1'b0, squaresum38};
  assign adder_add_cast_3 = {1'b0, shift238};
  assign adder_add_temp_1 = adder_add_cast_2 + adder_add_cast_3;
  assign roottmp_sq37 = (adder_add_temp_1[98] != 1'b0 ? 98'h3FFFFFFFFFFFFFFFFFFFFFFFF :
              adder_add_temp_1[97:0]);



  assign relop_relop1_1 = roottmp_sq37 <= resizedin;



  assign root_sq37 = (relop_relop1_1 == 1'b0 ? root_sq38 :
              roottmp_sq37);



  assign base36sqr = 98'h0000001000000000000000000;



  assign roottmp37 = root38 | 49'h0002000000000;



  assign root37 = (relop_relop1_1 == 1'b0 ? root38 :
              roottmp37);



  assign adder_add_cast_4 = {1'b0, root_sq37};
  assign adder_add_cast_5 = {1'b0, base36sqr};
  assign adder_add_temp_2 = adder_add_cast_4 + adder_add_cast_5;
  assign squaresum37 = (adder_add_temp_2[98] != 1'b0 ? 98'h3FFFFFFFFFFFFFFFFFFFFFFFF :
              adder_add_temp_2[97:0]);



  assign rootdtc37 = {21'b0, {root37, 28'b0000000000000000000000000000}};



  assign shift237 = rootdtc37 <<< 8'd9;



  assign adder_add_cast_6 = {1'b0, squaresum37};
  assign adder_add_cast_7 = {1'b0, shift237};
  assign adder_add_temp_3 = adder_add_cast_6 + adder_add_cast_7;
  assign roottmp_sq36 = (adder_add_temp_3[98] != 1'b0 ? 98'h3FFFFFFFFFFFFFFFFFFFFFFFF :
              adder_add_temp_3[97:0]);



  assign relop_relop1_2 = roottmp_sq36 <= resizedin;



  assign root_sq36 = (relop_relop1_2 == 1'b0 ? root_sq37 :
              roottmp_sq36);



  assign base35sqr = 98'h0000000400000000000000000;



  assign roottmp36 = root37 | 49'h0001000000000;



  assign root36 = (relop_relop1_2 == 1'b0 ? root37 :
              roottmp36);



  assign adder_add_cast_8 = {1'b0, root_sq36};
  assign adder_add_cast_9 = {1'b0, base35sqr};
  assign adder_add_temp_4 = adder_add_cast_8 + adder_add_cast_9;
  assign squaresum36 = (adder_add_temp_4[98] != 1'b0 ? 98'h3FFFFFFFFFFFFFFFFFFFFFFFF :
              adder_add_temp_4[97:0]);



  assign rootdtc36 = {21'b0, {root36, 28'b0000000000000000000000000000}};



  assign shift236 = rootdtc36 <<< 8'd8;



  assign adder_add_cast_10 = {1'b0, squaresum36};
  assign adder_add_cast_11 = {1'b0, shift236};
  assign adder_add_temp_5 = adder_add_cast_10 + adder_add_cast_11;
  assign roottmp_sq35 = (adder_add_temp_5[98] != 1'b0 ? 98'h3FFFFFFFFFFFFFFFFFFFFFFFF :
              adder_add_temp_5[97:0]);



  assign relop_relop1_3 = roottmp_sq35 <= resizedin;



  assign root_sq35 = (relop_relop1_3 == 1'b0 ? root_sq36 :
              roottmp_sq35);



  assign base34sqr = 98'h0000000100000000000000000;



  assign roottmp35 = root36 | 49'h0000800000000;



  assign root35 = (relop_relop1_3 == 1'b0 ? root36 :
              roottmp35);



  assign adder_add_cast_12 = {1'b0, root_sq35};
  assign adder_add_cast_13 = {1'b0, base34sqr};
  assign adder_add_temp_6 = adder_add_cast_12 + adder_add_cast_13;
  assign squaresum35 = (adder_add_temp_6[98] != 1'b0 ? 98'h3FFFFFFFFFFFFFFFFFFFFFFFF :
              adder_add_temp_6[97:0]);



  assign rootdtc35 = {21'b0, {root35, 28'b0000000000000000000000000000}};



  assign shift235 = rootdtc35 <<< 8'd7;



  assign adder_add_cast_14 = {1'b0, squaresum35};
  assign adder_add_cast_15 = {1'b0, shift235};
  assign adder_add_temp_7 = adder_add_cast_14 + adder_add_cast_15;
  assign roottmp_sq34 = (adder_add_temp_7[98] != 1'b0 ? 98'h3FFFFFFFFFFFFFFFFFFFFFFFF :
              adder_add_temp_7[97:0]);



  assign relop_relop1_4 = roottmp_sq34 <= resizedin;



  assign root_sq34 = (relop_relop1_4 == 1'b0 ? root_sq35 :
              roottmp_sq34);



  assign base33sqr = 98'h0000000040000000000000000;



  assign roottmp34 = root35 | 49'h0000400000000;



  assign root34 = (relop_relop1_4 == 1'b0 ? root35 :
              roottmp34);



  assign adder_add_cast_16 = {1'b0, root_sq34};
  assign adder_add_cast_17 = {1'b0, base33sqr};
  assign adder_add_temp_8 = adder_add_cast_16 + adder_add_cast_17;
  assign squaresum34 = (adder_add_temp_8[98] != 1'b0 ? 98'h3FFFFFFFFFFFFFFFFFFFFFFFF :
              adder_add_temp_8[97:0]);



  assign rootdtc34 = {21'b0, {root34, 28'b0000000000000000000000000000}};



  assign shift234 = rootdtc34 <<< 8'd6;



  assign adder_add_cast_18 = {1'b0, squaresum34};
  assign adder_add_cast_19 = {1'b0, shift234};
  assign adder_add_temp_9 = adder_add_cast_18 + adder_add_cast_19;
  assign roottmp_sq33 = (adder_add_temp_9[98] != 1'b0 ? 98'h3FFFFFFFFFFFFFFFFFFFFFFFF :
              adder_add_temp_9[97:0]);



  assign relop_relop1_5 = roottmp_sq33 <= resizedin;



  assign root_sq33 = (relop_relop1_5 == 1'b0 ? root_sq34 :
              roottmp_sq33);



  assign base32sqr = 98'h0000000010000000000000000;



  assign roottmp33 = root34 | 49'h0000200000000;



  assign root33 = (relop_relop1_5 == 1'b0 ? root34 :
              roottmp33);



  assign adder_add_cast_20 = {1'b0, root_sq33};
  assign adder_add_cast_21 = {1'b0, base32sqr};
  assign adder_add_temp_10 = adder_add_cast_20 + adder_add_cast_21;
  assign squaresum33 = (adder_add_temp_10[98] != 1'b0 ? 98'h3FFFFFFFFFFFFFFFFFFFFFFFF :
              adder_add_temp_10[97:0]);



  assign rootdtc33 = {21'b0, {root33, 28'b0000000000000000000000000000}};



  assign shift233 = rootdtc33 <<< 8'd5;



  assign adder_add_cast_22 = {1'b0, squaresum33};
  assign adder_add_cast_23 = {1'b0, shift233};
  assign adder_add_temp_11 = adder_add_cast_22 + adder_add_cast_23;
  assign roottmp_sq32 = (adder_add_temp_11[98] != 1'b0 ? 98'h3FFFFFFFFFFFFFFFFFFFFFFFF :
              adder_add_temp_11[97:0]);



  assign relop_relop1_6 = roottmp_sq32 <= resizedin;



  assign root_sq32 = (relop_relop1_6 == 1'b0 ? root_sq33 :
              roottmp_sq32);



  assign base31sqr = 98'h0000000004000000000000000;



  assign roottmp32 = root33 | 49'h0000100000000;



  assign root32 = (relop_relop1_6 == 1'b0 ? root33 :
              roottmp32);



  assign adder_add_cast_24 = {1'b0, root_sq32};
  assign adder_add_cast_25 = {1'b0, base31sqr};
  assign adder_add_temp_12 = adder_add_cast_24 + adder_add_cast_25;
  assign squaresum32 = (adder_add_temp_12[98] != 1'b0 ? 98'h3FFFFFFFFFFFFFFFFFFFFFFFF :
              adder_add_temp_12[97:0]);



  assign rootdtc32 = {21'b0, {root32, 28'b0000000000000000000000000000}};



  assign shift232 = rootdtc32 <<< 8'd4;



  assign adder_add_cast_26 = {1'b0, squaresum32};
  assign adder_add_cast_27 = {1'b0, shift232};
  assign adder_add_temp_13 = adder_add_cast_26 + adder_add_cast_27;
  assign roottmp_sq31 = (adder_add_temp_13[98] != 1'b0 ? 98'h3FFFFFFFFFFFFFFFFFFFFFFFF :
              adder_add_temp_13[97:0]);



  assign relop_relop1_7 = roottmp_sq31 <= resizedin;



  assign root_sq31 = (relop_relop1_7 == 1'b0 ? root_sq32 :
              roottmp_sq31);



  assign base30sqr = 98'h0000000001000000000000000;



  assign roottmp31 = root32 | 49'h0000080000000;



  assign root31 = (relop_relop1_7 == 1'b0 ? root32 :
              roottmp31);



  assign adder_add_cast_28 = {1'b0, root_sq31};
  assign adder_add_cast_29 = {1'b0, base30sqr};
  assign adder_add_temp_14 = adder_add_cast_28 + adder_add_cast_29;
  assign squaresum31 = (adder_add_temp_14[98] != 1'b0 ? 98'h3FFFFFFFFFFFFFFFFFFFFFFFF :
              adder_add_temp_14[97:0]);



  assign rootdtc31 = {21'b0, {root31, 28'b0000000000000000000000000000}};



  assign shift231 = rootdtc31 <<< 8'd3;



  assign adder_add_cast_30 = {1'b0, squaresum31};
  assign adder_add_cast_31 = {1'b0, shift231};
  assign adder_add_temp_15 = adder_add_cast_30 + adder_add_cast_31;
  assign roottmp_sq30 = (adder_add_temp_15[98] != 1'b0 ? 98'h3FFFFFFFFFFFFFFFFFFFFFFFF :
              adder_add_temp_15[97:0]);



  assign relop_relop1_8 = roottmp_sq30 <= resizedin;



  assign root_sq30 = (relop_relop1_8 == 1'b0 ? root_sq31 :
              roottmp_sq30);



  assign base29sqr = 98'h0000000000400000000000000;



  assign roottmp30 = root31 | 49'h0000040000000;



  assign root30 = (relop_relop1_8 == 1'b0 ? root31 :
              roottmp30);



  assign adder_add_cast_32 = {1'b0, root_sq30};
  assign adder_add_cast_33 = {1'b0, base29sqr};
  assign adder_add_temp_16 = adder_add_cast_32 + adder_add_cast_33;
  assign squaresum30 = (adder_add_temp_16[98] != 1'b0 ? 98'h3FFFFFFFFFFFFFFFFFFFFFFFF :
              adder_add_temp_16[97:0]);



  assign rootdtc30 = {21'b0, {root30, 28'b0000000000000000000000000000}};



  assign shift230 = rootdtc30 <<< 8'd2;



  assign adder_add_cast_34 = {1'b0, squaresum30};
  assign adder_add_cast_35 = {1'b0, shift230};
  assign adder_add_temp_17 = adder_add_cast_34 + adder_add_cast_35;
  assign roottmp_sq29 = (adder_add_temp_17[98] != 1'b0 ? 98'h3FFFFFFFFFFFFFFFFFFFFFFFF :
              adder_add_temp_17[97:0]);



  assign relop_relop1_9 = roottmp_sq29 <= resizedin;



  assign root_sq29 = (relop_relop1_9 == 1'b0 ? root_sq30 :
              roottmp_sq29);



  assign base28sqr = 98'h0000000000100000000000000;



  assign roottmp29 = root30 | 49'h0000020000000;



  assign root29 = (relop_relop1_9 == 1'b0 ? root30 :
              roottmp29);



  assign adder_add_cast_36 = {1'b0, root_sq29};
  assign adder_add_cast_37 = {1'b0, base28sqr};
  assign adder_add_temp_18 = adder_add_cast_36 + adder_add_cast_37;
  assign squaresum29 = (adder_add_temp_18[98] != 1'b0 ? 98'h3FFFFFFFFFFFFFFFFFFFFFFFF :
              adder_add_temp_18[97:0]);



  assign rootdtc29 = {21'b0, {root29, 28'b0000000000000000000000000000}};



  assign shift229 = rootdtc29 <<< 8'd1;



  assign adder_add_cast_38 = {1'b0, squaresum29};
  assign adder_add_cast_39 = {1'b0, shift229};
  assign adder_add_temp_19 = adder_add_cast_38 + adder_add_cast_39;
  assign roottmp_sq28 = (adder_add_temp_19[98] != 1'b0 ? 98'h3FFFFFFFFFFFFFFFFFFFFFFFF :
              adder_add_temp_19[97:0]);



  assign relop_relop1_10 = roottmp_sq28 <= resizedin;



  assign root_sq28 = (relop_relop1_10 == 1'b0 ? root_sq29 :
              roottmp_sq28);



  assign base27sqr = 98'h0000000000040000000000000;



  assign roottmp28 = root29 | 49'h0000010000000;



  assign root28 = (relop_relop1_10 == 1'b0 ? root29 :
              roottmp28);



  



  assign dout = root28;

endmodule  // Sqrt